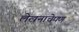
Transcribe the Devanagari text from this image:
लेखनाचेपण